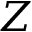
Z